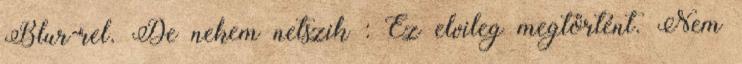
Blur-rel. De nekem netszik : Ez elvileg megtörtént. Nem